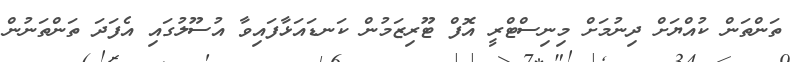
ތަންތަން ކުއްޔަށް ދިނުމަށް މިނިސްޓްރީ އޮފް ޓޫރިޒަމުން ކަނޑައަޅާފައިވާ އުސޫލުގައި އެފަދަ ތަންތަނުން